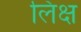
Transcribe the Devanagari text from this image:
लिक्ष